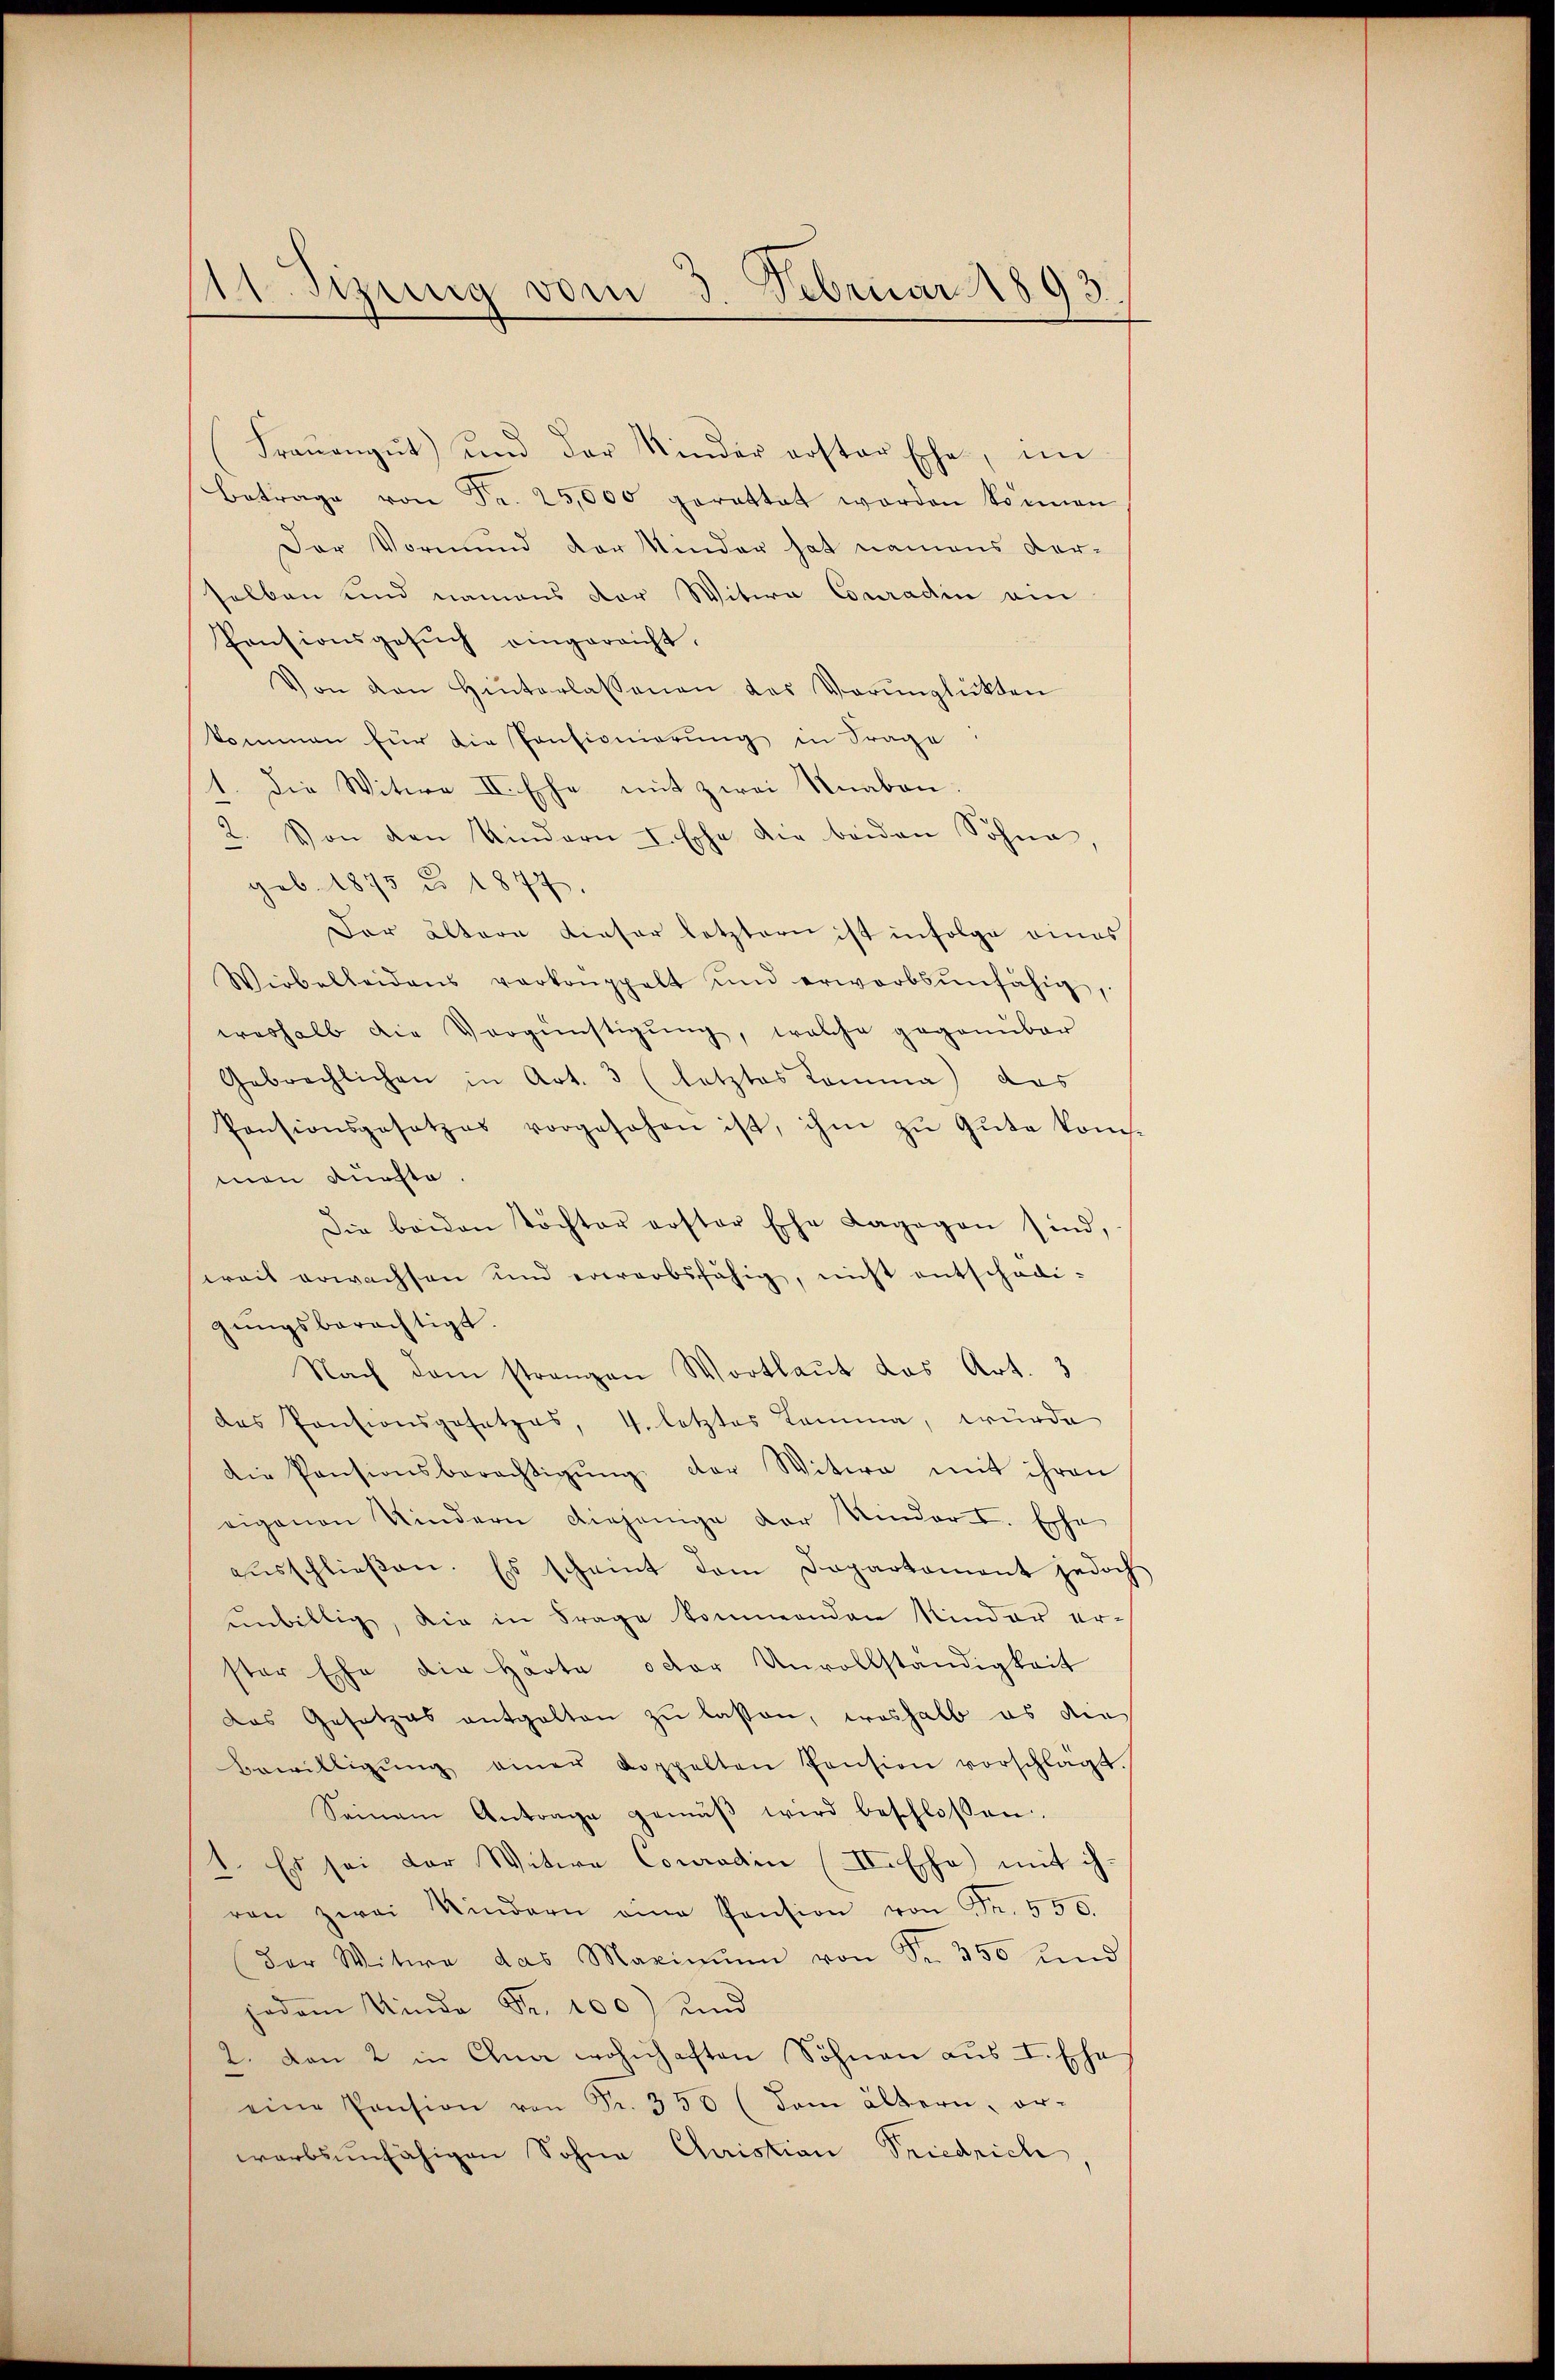
111 Sizung vom 3. Februar 1893.

(Fraŭengŭt) und der Kinder erster Ehe, im
Betrage von Fr. 25,000 gerattet worden können
Der Vormund der Kinder hat namens der-
selben und namens der Witwe Conradin ein
Pensionsgesŭch eingereicht,
Von den Hinterlassenen des Verŭnglükten
kommen für die Pensionierung in Frage
11. Die Witwe II. Ehe mit zwei Knaben.
2. Von den Kindern I. Esche die beiden Sohne,
geb. 1875 u. 1877.
Der ältern dieser letztern ist infolge eines
Wirbelleidens verkoppelt und erworbsunfähig,
weshalb die Vergünstigŭng, welche gegenüber
Gebrechlichen in Art. 3 (letztes Komma) das
Pensionsgesetzes vorgesehen ist, ihm zu Gute kom
men dürfte.
Die beiden Töchter erster Esche Lagegen sind,
weit erwachsen und erwerbsfähig, nicht entschädigungsberechtigt.
Nach dem strangen Wortlaut das Art. 3
das Pensionsgesetzes, V. letztes Lamma, wurde
die Pensionsberechtigŭng der Witwe mit ihren
eigenen Kindern diejenige der Kinder I. Ehe
ausschließen. Es scheint dem Departament jedoch
unbillig, die in Frage kommenden Kinder er-
ster Ehe die Härte oder Unvollständigkeit
das Gesetzes entgelten zu lassen, weshalb es die
Bewilligŭng einer doppelten Pension vorschlägt.
Seinem Antrage gemäβ wird beschlossen.
1. Es sei der Witwe Conradin (II. Ehe mit ih
von zwai Kindern eine Pension von Fr. 550.
der Witwe das Maximum von Sr. 350 und
jedem Kinde Fr. 100) und
2. von 2 in Ohna wohnhaften Söhnen aus I. Ehe
eine Pension von Fr. 350 (dem ältern, or-
werbsunfähigen Sohne Christian Friedrich